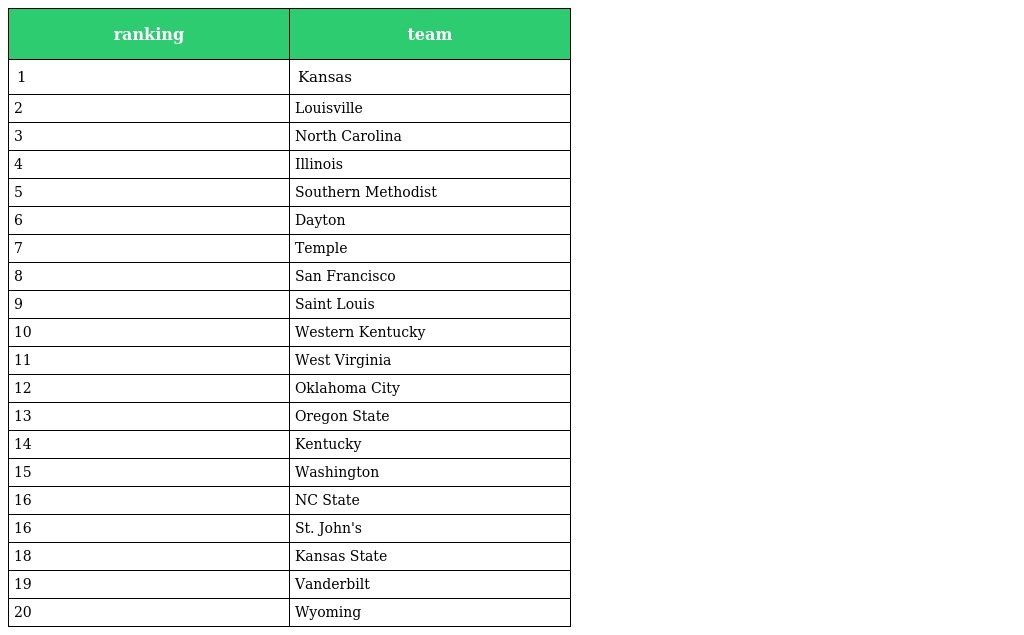
| ranking | team |
 | --- | --- |
 | 1 | Kansas |
 | 2 | Louisville |
 | 3 | North Carolina |
 | 4 | Illinois |
 | 5 | Southern Methodist |
 | 6 | Dayton |
 | 7 | Temple |
 | 8 | San Francisco |
 | 9 | Saint Louis |
 | 10 | Western Kentucky |
 | 11 | West Virginia |
 | 12 | Oklahoma City |
 | 13 | Oregon State |
 | 14 | Kentucky |
 | 15 | Washington |
 | 16 | NC State |
 | 16 | St. John's |
 | 18 | Kansas State |
 | 19 | Vanderbilt |
 | 20 | Wyoming |